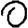
Digit: 0